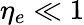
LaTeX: \eta_{e}\ll 1